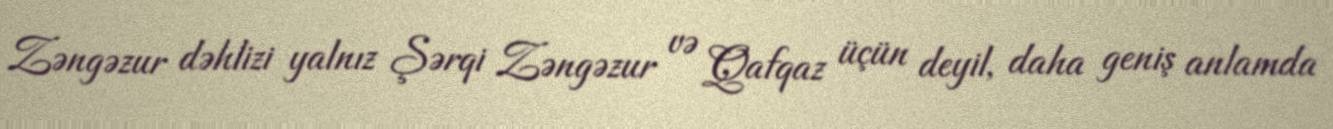
Zəngəzur dəhlizi yalnız Şərqi Zəngəzur və Qafqaz üçün deyil, daha geniş anlamda